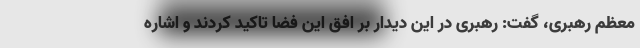
معظم رهبری، گفت: رهبری در این دیدار بر افق این فضا تاکید کردند و اشاره